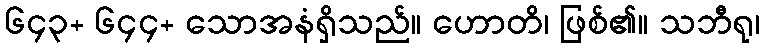
၆၄၃+ ၆၄၄+ သောအနံရှိသည်။ ဟောတိ၊ ဖြစ်၏။ သဘီရု၊